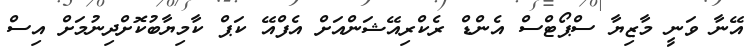
އޭނާ ވަނީ މާޒިޔާ ސްޕޯޓްސް އެންޑް ރެކްރިއޭޝަންއަށް އެފްއޭ ކަޕް ކާމިޔާބުކޮށްދިނުމަށް އިސް